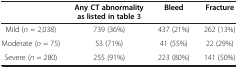
<table><thead><tr><td><b> </b></td><td><b>Any CT abnormality as listed in table3</b></td><td><b>Bleed</b></td><td><b>Fracture</b></td></tr></thead><tbody><tr><td>Mild (<i>n</i> = 2,038)</td><td>739 (36%)</td><td>437 (21%)</td><td>262 (13%)</td></tr><tr><td>Moderate (<i>n</i> = 75)</td><td>53 (71%)</td><td>41 (55%)</td><td>22 (29%)</td></tr><tr><td>Severe (<i>n</i> = 280)</td><td>255 (91%)</td><td>223 (80%)</td><td>141 (50%)</td></tr></tbody></table>